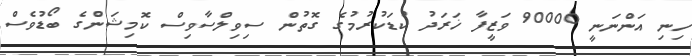
ހިނި އަންނަނީ 90000 ވަޒީފާ ޚަރަދު ކުޑަކުރުމުގެ ގޮތުން ސިވިލްސާވިސް ކޮމިޝަންގެ ބޯޑުވެސް